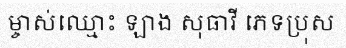
ម្ចាស់ឈ្មោះ ឡាង សុធាវី ភេទប្រុស